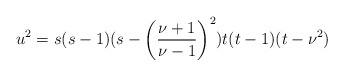
\begin{align*} u^2 = s(s-1)(s-\left(\frac{\nu+1}{\nu-1}\right)^2)t(t-1)(t-\nu^2)\end{align*}